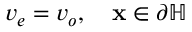
v _ { e } = v _ { o } , \quad \mathbf { x } \in \partial \mathbb { H }